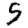
Digit: 5